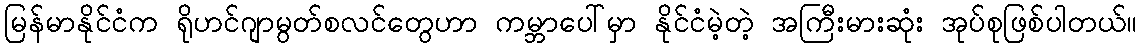
မြန်မာနိုင်ငံက ရိုဟင်ဂျာမွတ်စလင်တွေဟာ ကမ္ဘာပေါ်မှာ နိုင်ငံမဲ့တဲ့ အကြီးမားဆုံး အုပ်စုဖြစ်ပါတယ်။